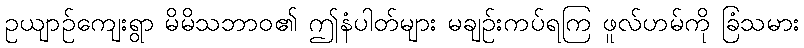
ဥယျာဉ်ကျေးရွာ မိမိသဘာဝ၏ ဤနံပါတ်များ မချဉ်းကပ်ရကြ ဖူလ်ဟမ်ကို ခြံသမား